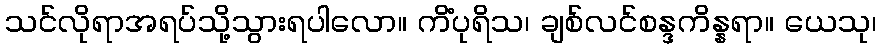
သင်လိုရာအရပ်သို့သွားရပါလော။ ကိံပုရိသ၊ ချစ်လင်စန္ဒကိန္နရာ။ ယေသု၊